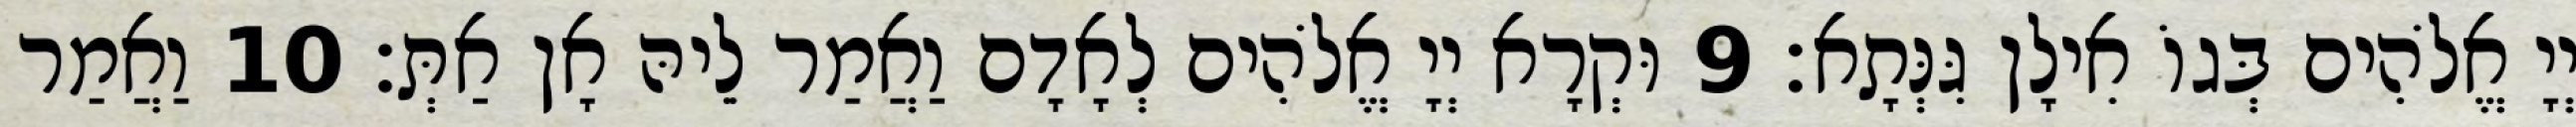
יְיָ אֱלֹהִים בְּגוֹ אִילָן גִּנְּתָא׃ 9 וּקְרָא יְיָ אֱלֹהִים לְאָדָם וַאֲמַר לֵיהּ אָן אַתְּ׃ 10 וַאֲמַר